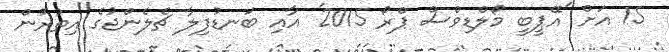
15 އަށް 'އޭޕީބީ މޯލްޑިވްސް ޕްރޯ 2015' އާއި ބަނޑުފިލާ ޗެލެންޖުގެ އިތުރުން